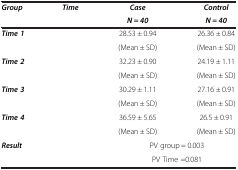
<table><thead><tr><td rowspan="2"><b><i>Group</i></b></td><td rowspan="2"><b><i>Time</i></b></td><td><b><i>Case</i></b></td><td><b><i>Control</i></b></td></tr><tr><td><b><i>N = 40</i></b></td><td><b><i>N = 40</i></b></td></tr></thead><tbody><tr><td rowspan="2" colspan="2"><b><i>Time 1</i></b></td><td>28.53 ± 0.94</td><td>26.36 ± 0.84</td></tr><tr><td>(Mean ± SD)</td><td>(Mean ± SD)</td></tr><tr><td rowspan="2" colspan="2"><b><i>Time 2</i></b></td><td>32.23 ± 0.90</td><td>24.19 ± 1.11</td></tr><tr><td>(Mean ± SD)</td><td>(Mean ± SD)</td></tr><tr><td rowspan="2" colspan="2"><b><i>Time 3</i></b></td><td>30.29 ± 1.11</td><td>27.16 ± 0.91</td></tr><tr><td>(Mean ± SD)</td><td>(Mean ± SD)</td></tr><tr><td rowspan="2" colspan="2"><b><i>Time 4</i></b></td><td>36.59 ± 5.65</td><td>26.5 ± 0.91</td></tr><tr><td>(Mean ± SD)</td><td>(Mean ± SD)</td></tr><tr><td rowspan="2" colspan="2"><b><i>Result</i></b></td><td colspan="2">PV group = 0.003</td></tr><tr><td colspan="2">PV Time =0.081</td></tr></tbody></table>